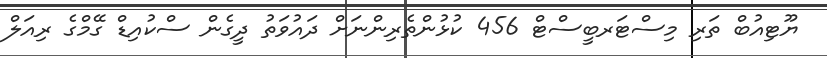
ޔޫޓިއުބް ތަރި މިސްޓަރބީސްޓް 456 ކުޅުންތެރިންނަށް ދައުވަތު ދީގެން ސްކުއިޑް ގޭމްގެ ރިއަލް